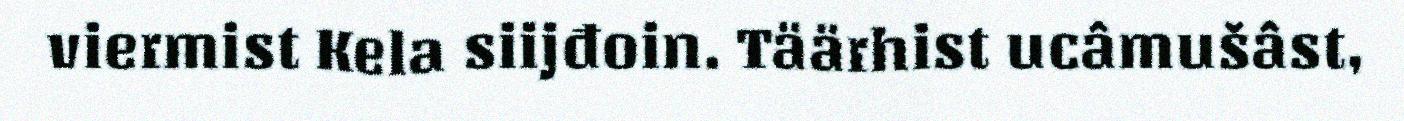
viermist Kela siijđoin. Täärhist ucâmušâst,